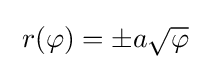
\;r(\varphi )=\pm a{\sqrt {\varphi }}\;